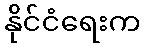
နိုင်ငံရေးက